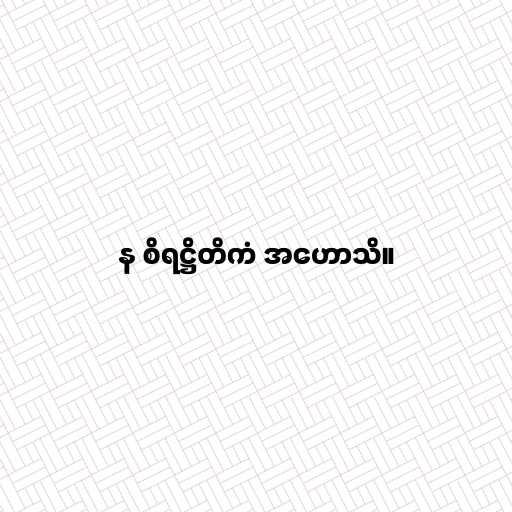
န စိရဋ္ဌိတိကံ အဟောသိ။